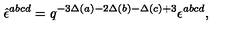
\hat { \epsilon } ^ { a b c d } = q ^ { - 3 \Delta ( a ) - 2 \Delta ( b ) - \Delta ( c ) + 3 } \epsilon ^ { a b c d } ,